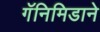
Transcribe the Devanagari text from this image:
गॅनिमिडाने